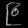
Digit: ၉